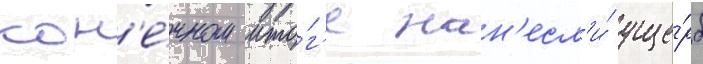
кон'е́чном ито́г'е нан'есл'и́ уще́рб